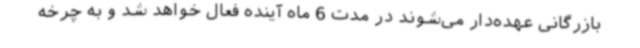
بازرگانی عهده‌دار می‌شوند در مدت 6 ماه آینده فعال خواهد شد و به چرخه